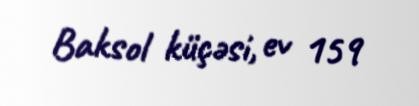
Baksol küçəsi, ev 159